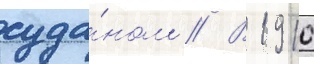
суда́ном // В 1910